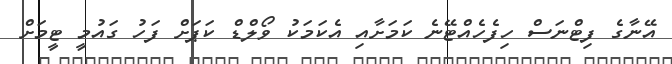
އޭނާގެ ފިޓްނަސް ހިފެހެއްޓޭނެ ކަމަށާއި އެކަމަކު ވޯލްޑް ކަޕަށް ފަހު ގައުމީ ޓީމަށް